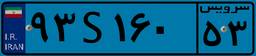
۷۴S۳۹۱۰۴